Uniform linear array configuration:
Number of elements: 16
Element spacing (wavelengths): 0.5
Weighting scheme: cosine
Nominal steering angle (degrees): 60
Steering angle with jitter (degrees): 59.813
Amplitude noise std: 0.05
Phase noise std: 0.05

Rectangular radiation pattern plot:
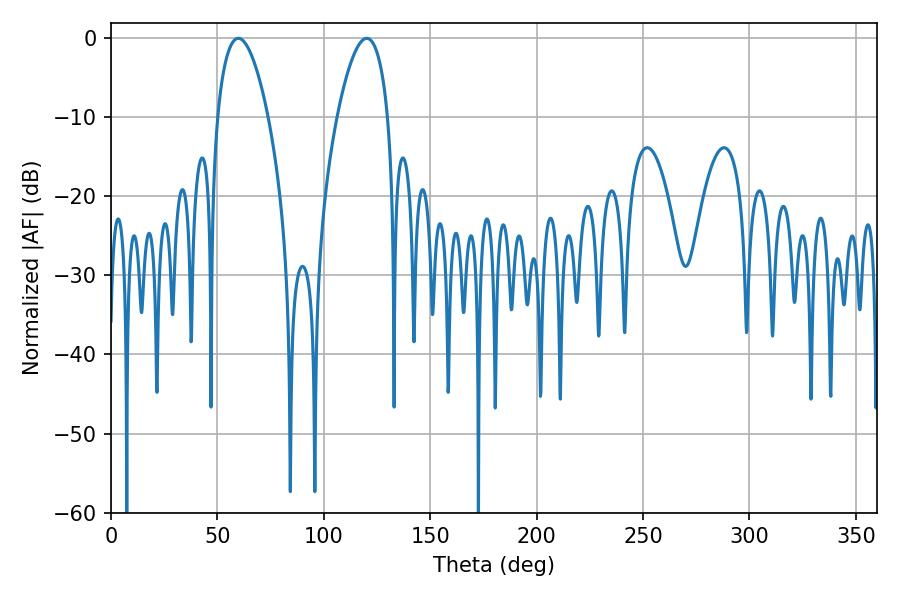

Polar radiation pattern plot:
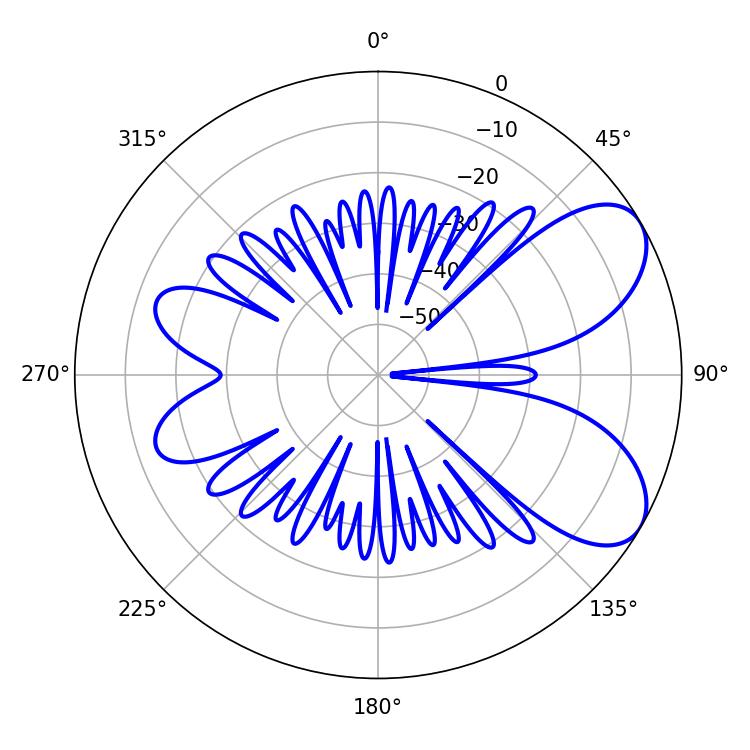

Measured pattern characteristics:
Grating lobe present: FALSE
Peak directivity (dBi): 6.87
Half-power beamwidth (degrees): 13.32
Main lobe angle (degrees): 59.76